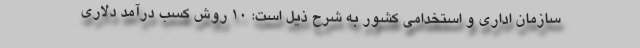
سازمان اداری و استخدامی کشور به شرح ذیل است: 10 روش کسب درآمد دلاری